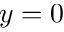
y = 0